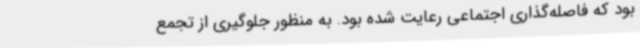
بود که فاصله‌گذاری اجتماعی رعایت شده بود. به منظور جلوگیری از تجمع